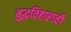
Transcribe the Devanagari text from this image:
बुद्धविहाराची